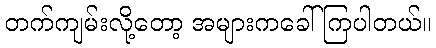
တက်ကျမ်းလို့တော့ အများကခေါ်ကြပါတယ်။